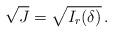
LaTeX: \begin{align*}\sqrt{J}=\sqrt{I_{r}(\delta)}\,.\end{align*}